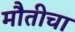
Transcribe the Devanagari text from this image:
मौतीचा